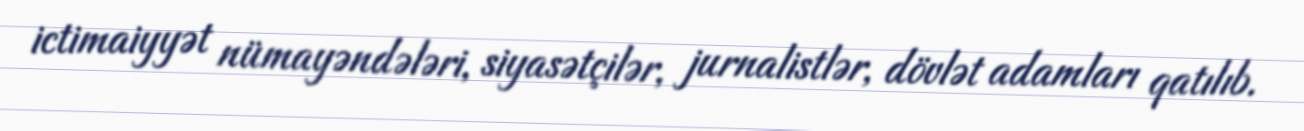
ictimaiyyət nümayəndələri, siyasətçilər, jurnalistlər, dövlət adamları qatılıb.